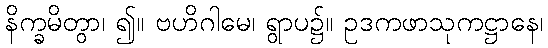
နိက္ခမိတွာ၊ ၍။ ဗဟိဂါမေ၊ ရွာပ၌။ ဥဒကဖာသုကဋ္ဌာနေ၊